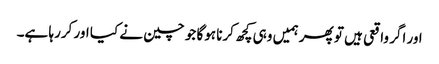
اور اگر واقعی ہیں تو پھر ہمیں وہی کچھ کرنا ہوگا جو چین نے کیا اور کررہا ہے۔